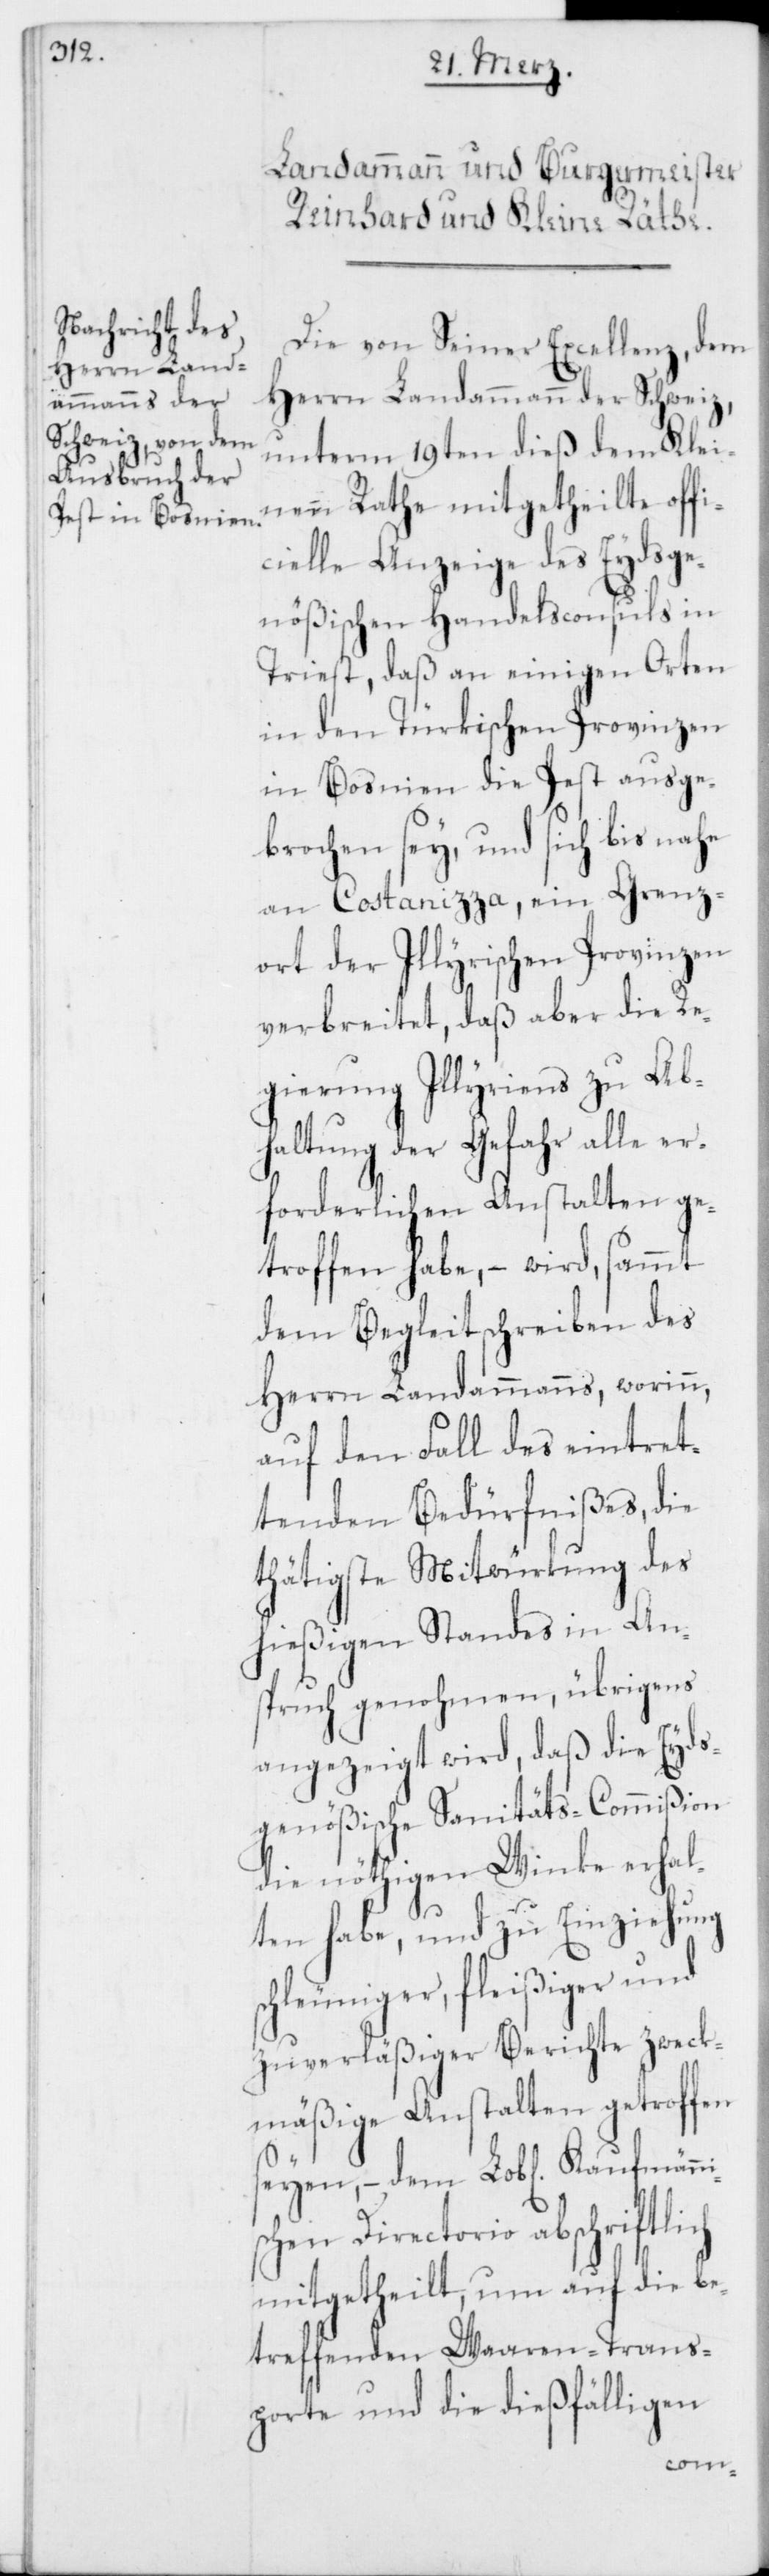
Die von Seiner Excellenz, dem
Herrn Landammann der Schweiz,
unterm 19ten dieß dem Klei¬
nen Rathe mitgetheilte offi¬
cielle Anzeige des Eydsge¬
nößischen Handelsconsuls in
Triest, daß an einigen Orten
in den Türkischen Provinzen
in Bosnien die Pest ausge¬
brochen sey, und sich bis nahe
an Costanizza, ein Grenz¬
ort der Illyrischen Provinzen
verbreitet, daß aber die Re¬
gierung Illyriens zu Ab¬
haltung der Gefahr alle er¬
forderlichen Anstalten ge¬
troffen habe, – wird, sammt
dem Begleitschreiben des
Herrn Landammanns, worinn,
auf den Fall des eintret¬
tenden Bedürfnißes, die
thätigste Mitwürkung des
hießigen Standes in An¬
spruch genohmen, übrigens
angezeigt wird, daß die Eyds¬
genößische Sanitäts-Commißion
die nöthigen Winke erhal¬
ten habe, und zu Einziehung
schleuniger, fleißiger und
zuverläßiger Berichte zweck¬
mäßige Anstalten getroffen
seyen, – dem Lob[lichen]
schen Directorio abschriftl¬
mitgetheilt, um auf die be¬
treffenden Waaren-Trans¬
porte und die dießfälligen
ich